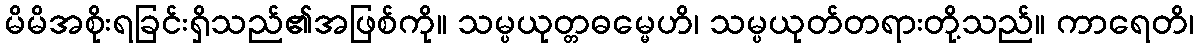
မိမိအစိုးရခြင်းရှိသည်၏အဖြစ်ကို။ သမ္ပယုတ္တဓမ္မေဟိ၊ သမ္ပယုတ်တရားတို့သည်။ ကာရေတိ၊